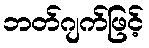
ဘတ်ဂျက်ဖြင့်